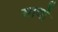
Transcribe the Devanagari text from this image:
सार्थो